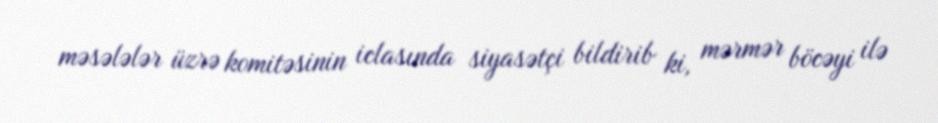
məsələlər üzrə komitəsinin iclasında siyasətçi bildirib ki, mərmər böcəyi ilə